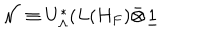
\mathcal { N } \equiv U _ { \Lambda } ^ { * } ( L ( H _ { F } ) \bar { \otimes } \underline { { { 1 } } }